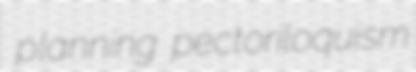
planning pectoriloquism